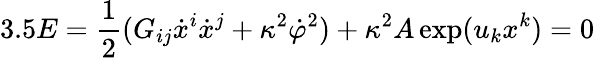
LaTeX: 3.5E=\frac{1}{2}(G_{ij}\dot{x}^{i}\dot{x}^{j}+\kappa^{2}\dot{\varphi}^{2})+\kappa^{2}A\exp(u_{k}x^{k})=0